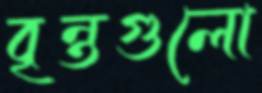
বৃন্তগুলো